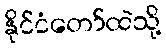
နိုင်ငံတော်ထဲသို့